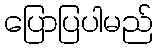
ပြောပြပါမည်